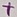
Text: +